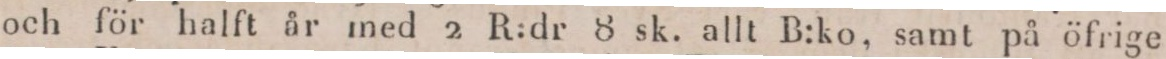
och för halft år med 2 R:dr 8 sk. allt B:ko, samt på öfrige